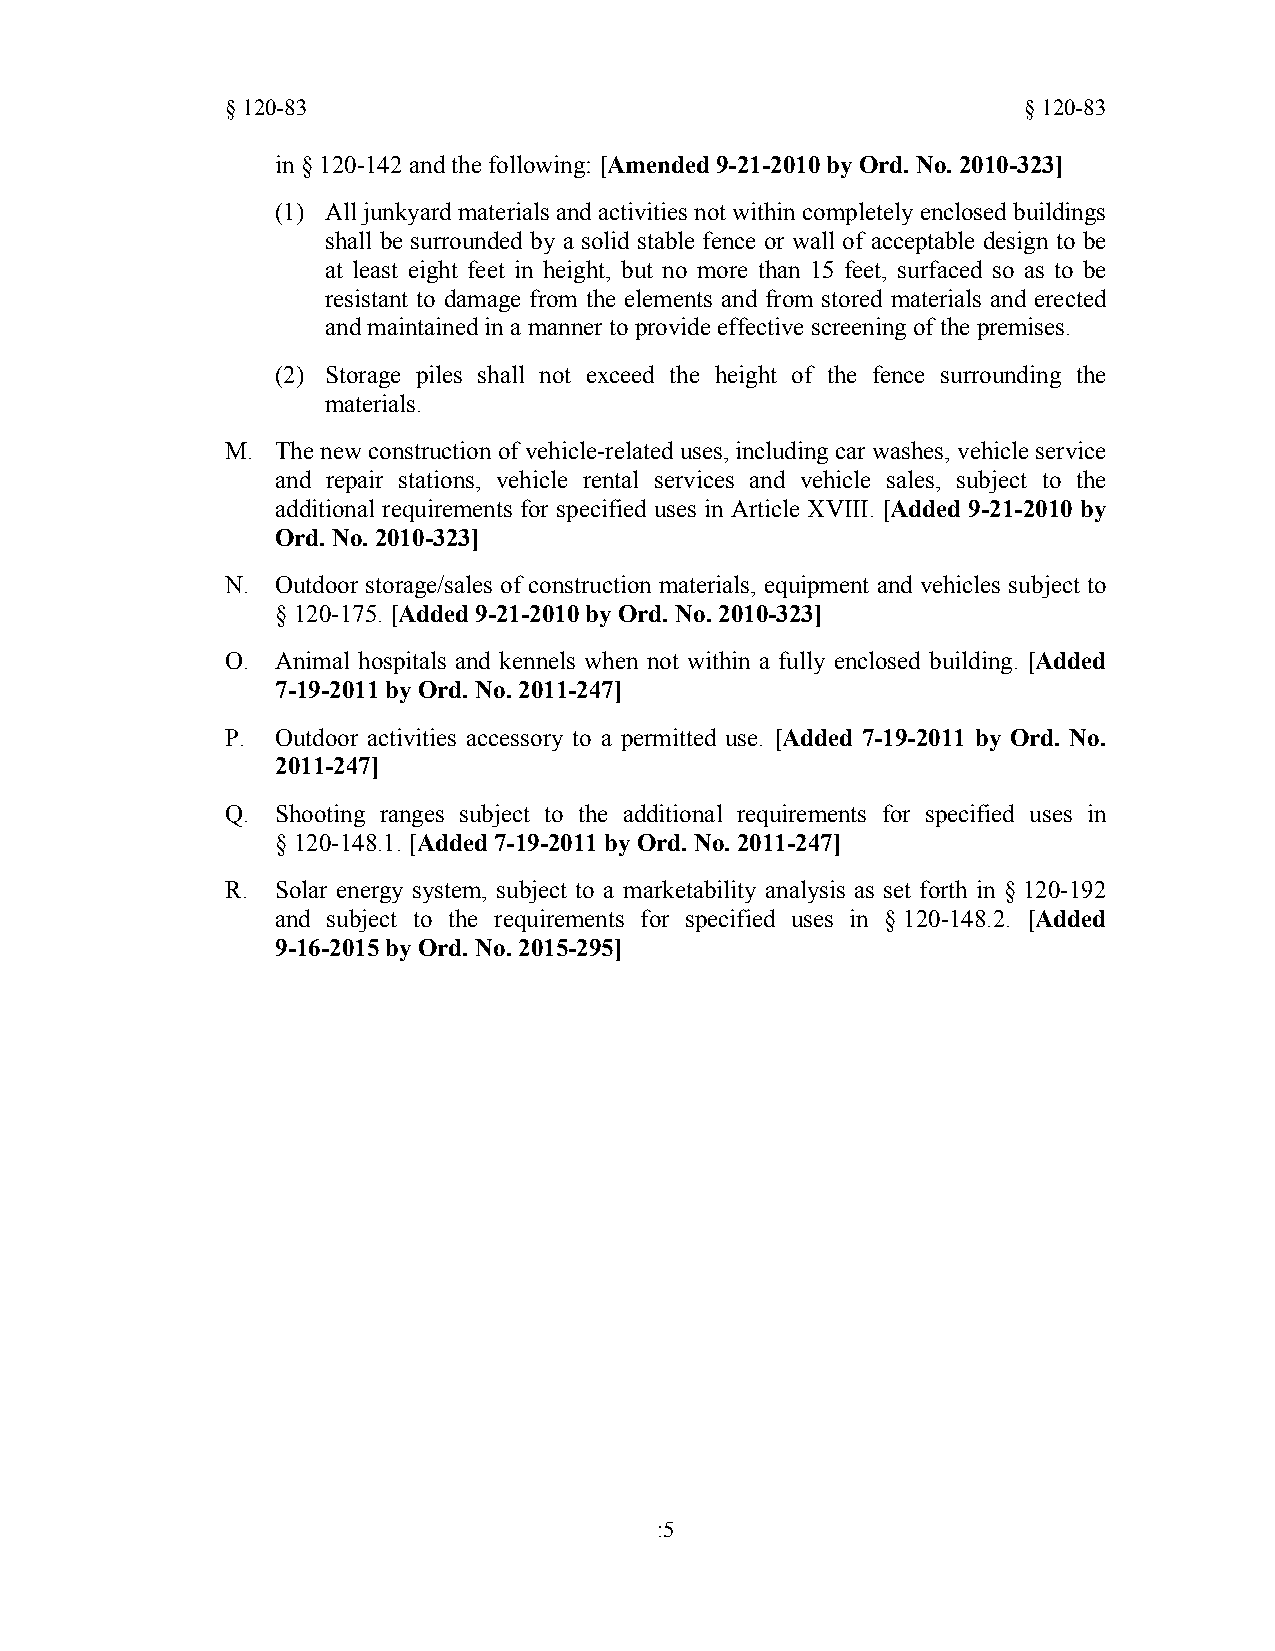
§120-83                                              §120-83
 in § 120-142 and the following: [Amended 9-21-2010 by Ord. No. 2010-323]
 (1) Alljunkyardmaterials andactivities notwithincompletely enclosedbuildings
 shall be surrounded by a solid stable fence or wall of acceptable design to be
 at least eight feet in height, but no more than 15 feet, surfaced so as to be
 resistant to damage from the elements and from stored materials and erected
 and maintained in a manner to provide effective screening of the premises.
 (2) Storage piles shall not exceed the height of the fence surrounding the
 materials.
 M. The newconstruction ofvehicle-related uses,including car washes, vehicle service
 and repair stations, vehicle rental services and vehicle sales, subject to the
 additional requirements for specified uses in Article XVIII. [Added 9-21-2010 by
 Ord. No. 2010-323]
 N. Outdoor storage/sales of construction materials, equipment and vehicles subject to
 §120-175.[Added 9-21-2010 by Ord. No. 2010-323]
 O. Animal hospitals and kennels when not within a fully enclosed building. [Added
 7-19-2011 by Ord. No. 2011-247]
 P. Outdoor activities accessory to a permitted use. [Added 7-19-2011 by Ord. No.
 2011-247]
 Q. Shooting ranges subject to the additional requirements for specified uses in
 §120-148.1.[Added 7-19-2011 by Ord. No. 2011-247]
 R. Solar energy system, subject to a marketability analysis as set forth in §120-192
 and subject to the requirements for specified uses in §120-148.2. [Added
 9-16-2015 by Ord. No. 2015-295]
 :5